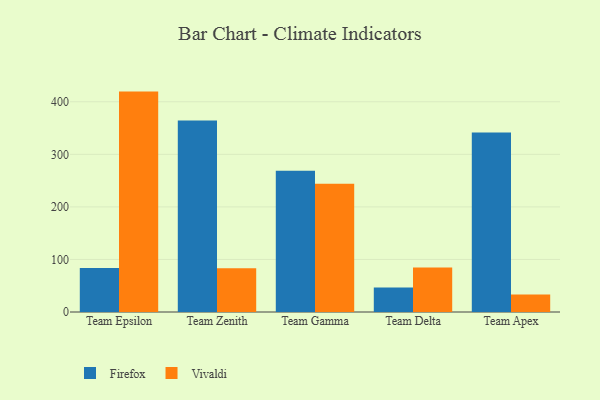
{"axis": {"x": "Team", "y": "Website Visitors"}, "legend": ["Firefox", "Vivaldi"], "data": [{"x": "Team Epsilon", "y": 83.8, "type": "Firefox"}, {"x": "Team Epsilon", "y": 419.4, "type": "Vivaldi"}, {"x": "Team Zenith", "y": 364.4, "type": "Firefox"}, {"x": "Team Zenith", "y": 83.4, "type": "Vivaldi"}, {"x": "Team Gamma", "y": 268.7, "type": "Firefox"}, {"x": "Team Gamma", "y": 244.1, "type": "Vivaldi"}, {"x": "Team Delta", "y": 46.5, "type": "Firefox"}, {"x": "Team Delta", "y": 84.5, "type": "Vivaldi"}, {"x": "Team Apex", "y": 341.6, "type": "Firefox"}, {"x": "Team Apex", "y": 33.3, "type": "Vivaldi"}]}